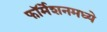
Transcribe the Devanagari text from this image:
फॉर्मेशनमध्ये